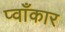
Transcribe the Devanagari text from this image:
प्वाँकार